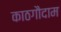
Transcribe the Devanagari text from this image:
काठगौदाम